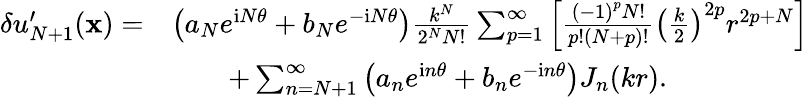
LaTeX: \begin{array}{rl}{\delta u_{N+1}^{\prime}(\mathbf x)=}&{\left({a_{N}}{e^{\mathrm iN\theta}}+{b_{N}}{e^{-\mathrm iN\theta}}\right){\frac{{k^{N}}}{{2^{N}}N!}}\sum_{p=1}^{\infty}{\left[{{\frac{{{(-1)}^{p}}N!}{p!(N+p)!}}{{\left({{\frac{k}{2}}}\right)}^{2p}}{r^{2p+N}}}\right]}}\\ &{\qquad+\sum_{n=N+1}^{\infty}{\left({a_{n}}{e^{\mathrm in\theta}}+{b_{n}}{e^{-\mathrm in\theta}}\right){J_{n}}(kr)}.}\end{array}